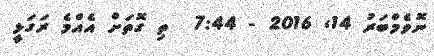
ނޮވެމްބަރު 14